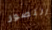
التصور